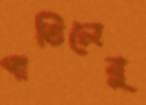
পাতিলেবু